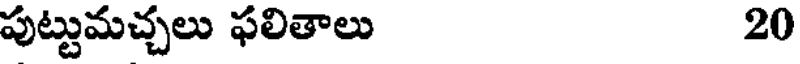
పుట్టుమచ్చలు ఫలితాలు 20